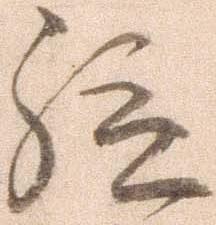
給